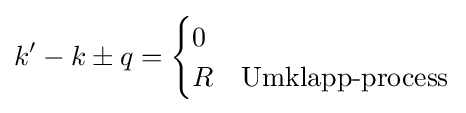
k'-k\pm q={\begin{cases}0&{\text{ }}\\R&{\text{Umklapp-process}}\end{cases}}